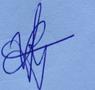
Signature authenticity: genuine